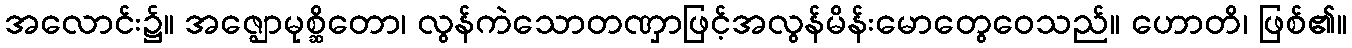
အလောင်း၌။ အဇ္ဈောမုစ္ဆိတော၊ လွန်ကဲသောတဏှာဖြင့်အလွန်မိန်းမောတွေဝေသည်။ ဟောတိ၊ ဖြစ်၏။